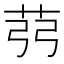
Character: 𦭲